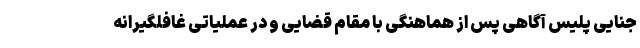
جنایی پلیس آگاهی پس از هماهنگی با مقام قضایی و در عملیاتی غافلگیرانه